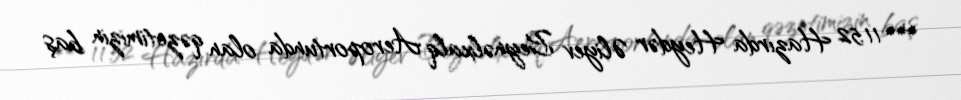
*** 11:52 Hazırda Heydər Əliyev Beynəlxalq Aeroportunda olan qəzetimizin baş